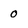
Character: 0